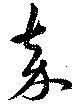
嘉